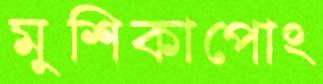
মুশিকাপোং